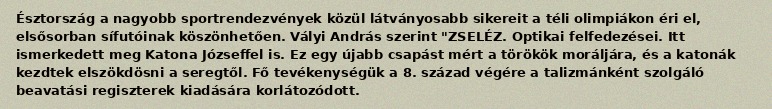
Észtország a nagyobb sportrendezvények közül látványosabb sikereit a téli olimpiákon éri el, elsősorban sífutóinak köszönhetően. Vályi András szerint "ZSELÉZ. Optikai felfedezései. Itt ismerkedett meg Katona Józseffel is. Ez egy újabb csapást mért a törökök moráljára, és a katonák kezdtek elszökdösni a seregtől. Fő tevékenységük a 8. század végére a talizmánként szolgáló beavatási regiszterek kiadására korlátozódott.